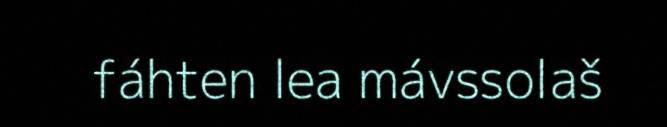
fáhten lea mávssolaš